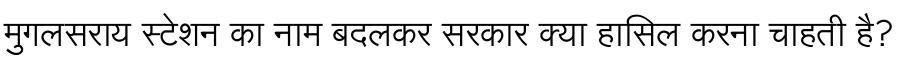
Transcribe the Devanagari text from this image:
मुगलसराय स्टेशन का नाम बदलकर सरकार क्या हासिल करना चाहती है?